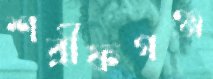
শরীফগঞ্জ